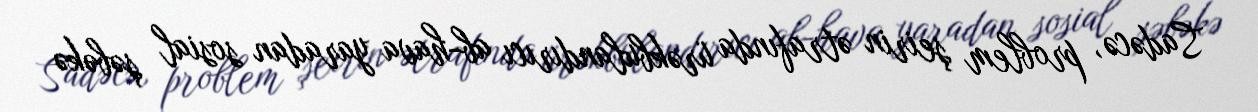
Sadəcə, problem şeirin ətrafında ürəkbulandırıcı ab-hava yaradan sosial şəbəkə